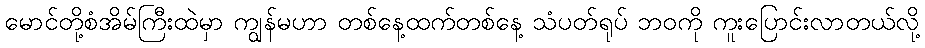
မောင်တို့စံအိမ်ကြီးထဲမှာ ကျွန်မဟာ တစ်နေ့ထက်တစ်နေ့ သံပတ်ရုပ် ဘဝကို ကူးပြောင်းလာတယ်လို့